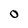
Character: 0